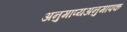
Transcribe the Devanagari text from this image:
अनुमाप्यअनुमापक